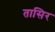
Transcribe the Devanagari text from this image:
तासिर